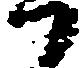
か